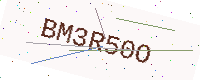
Text: BM3R50O